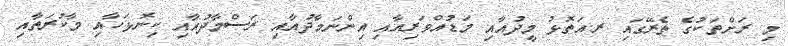
މި ރަށްތަކުގެ ތެރޭގައި ރ.އަތޮޅު މީދުއާއި މަޑުއްވަރިއާއި އިންނަމާދުއާއި ރަސްމާދުއާއި ކިނޮޅަހާއި މާކުރަތާއި